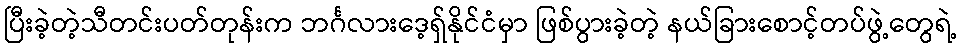
ပြီးခဲ့တဲ့သီတင်းပတ်တုန်းက ဘင်္ဂလားဒေ့ရှ်နိုင်ငံမှာ ဖြစ်ပွားခဲ့တဲ့ နယ်ခြားစောင့်တပ်ဖွဲ့တွေရဲ့